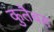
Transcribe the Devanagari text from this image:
कुतैबह